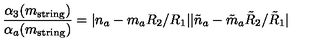
\frac { \alpha _ { 3 } ( m _ { \mathrm { s t r i n g } } ) } { \alpha _ { a } ( m _ { \mathrm { s t r i n g } } ) } = | n _ { a } - m _ { a } R _ { 2 } / R _ { 1 } | | \tilde { n } _ { a } - \tilde { m } _ { a } \tilde { R } _ { 2 } / \tilde { R } _ { 1 } |